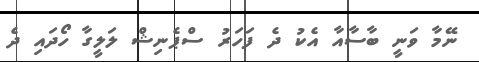
ނޭމާ ވަނީ ބާސާއާ އެކު ދެ ފަހަރު ސްޕެނިޝް ލަލީގާ ހޯދައި ދެ